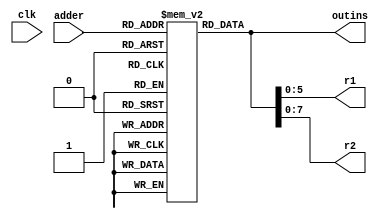
//module ins(
//	output reg[15:0] outins,
//	input wire[7:0] adder,
//	output reg[5:0] r1,
//	output reg[7:0] r2,
//	input wire clk
//);
//reg [15:0] storage [0:255];
//reg [15:0] temp;
//initial begin
// storage [8'h00] = 16'h0000; //start
// storage [8'h01] = 16'h0100; //cla
// storage [8'h02] = 16'h0200; //com
// storage [8'h03] = 16'h0300; //shr
// storage [8'h04] = 16'h0400; //csl
// storage [8'h05] = 16'h0500; //add x
// storage [8'h06] = 16'h0600; //sta x
// storage [8'h07] = 16'h0700; //lda x
// storage [8'h08] = 16'h0800; //jmp
// storage[8'h09] = 16'h0900; // ban ()
// storage [8'h0a] = 16'hffff; //stop
//end
////initial begin
////  storage[8'h00] = 16'h0000; // CLA
////  storage[8'h01] = 16'h0100; // COM
////  storage[8'h02] = 16'h0200; // SHR
////  storage[8'h03] = 16'h0300; // CSL
////  storage[8'h04] = 16'h0400; // STP
////  storage[8'h05] = 16'h0500; // ADD X
////  storage[8'h06] = 16'h0600; // STA X
////  storage[8'h07] = 16'h0700; // LDA X
////  storage[8'h08] = 16'h0800; // JMP X
////  storage[8'h09] = 16'h0900; // BAN X
////end


//	always @(adder)begin 
//	temp = storage[adder];
//	r1 = {storage[adder][5:0]};
//	r2 = {storage[adder][7:0]};
//	outins  = temp;
//	end
//endmodule 
module ins(
	output reg[15:0] outins,
	input wire[7:0] adder,
	output reg[5:0] r1,
	output reg[7:0] r2,
	input wire clk
);
reg [15:0] storage [0:255];
reg [15:0] temp;
initial begin
 storage [8'h00] = 16'h0000; //start
 storage [8'h01] = 16'h0100; //cla
 storage [8'h02] = 16'h0200; //com
 storage [8'h03] = 16'h0300; //shr
 storage [8'h04] = 16'h0400; //csl
 storage [8'h05] = 16'h0500; //add x
 storage [8'h06] = 16'h0600; //sta x
 storage [8'h07] = 16'h0701; //lda x
 storage [8'h08] = 16'h0803; //jmp
 storage [8'h09] = 16'h0902; //ban
 storage [8'h0a] = 16'hffff; //stop
end

	always @(adder)begin 
	temp = storage[adder];
	r1 = {storage[adder][5:0]};
	r2 = {storage[adder][7:0]};
	outins  = temp;
	end
endmodule